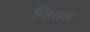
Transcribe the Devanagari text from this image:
घिमाल